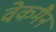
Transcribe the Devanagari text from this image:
वेकमैन